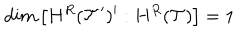
LaTeX: d i m \left[ H ^ { R } ( { \cal T } ^ { \prime } ) ^ { \prime } : H ^ { R } ( { \cal T } ) \right] = 1